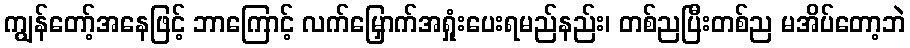
ကျွန်တော့်အနေဖြင့် ဘာကြောင့် လက်မြှောက်အရှုံးပေးရမည်နည်း၊ တစ်ညပြီးတစ်ည မအိပ်တော့ဘဲ